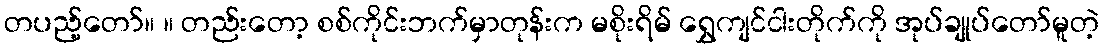
တပည့်တော်။ ။ တည်းတော့ စစ်ကိုင်းဘက်မှာတုန်းက မစိုးရိမ် ရွှေကျင်ငါးတိုက်ကို အုပ်ချုပ်တော်မူတဲ့